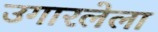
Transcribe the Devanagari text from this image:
उगारलेला